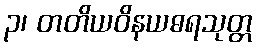
၃၊ တတိယဝိနယဓရသုတ္တ